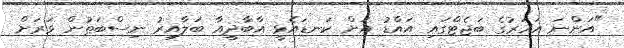
"އަންނަ އަހަރުގެ ބަޖެޓްގައި އައްޑު އަށް ކަނޑައެޅީ އާބާދީއާ ބަލާއިރު ނިސްބަތުން ވަރަށް